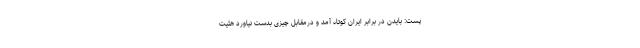
پست: بایدن در برابر ایران کوتاه آمد و درمقابل چیزی بدست نیاورد هئیت